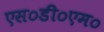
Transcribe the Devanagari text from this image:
एस०डी०एम०